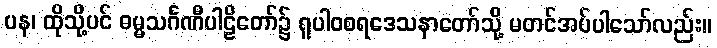
ပန၊ ထိုသို့ပင် ဓမ္မသင်္ဂဏီပါဠိတော်၌ ရူပါဝစရဒေသနာတော်သို့ မတင်အပ်ပါသော်လည်း။